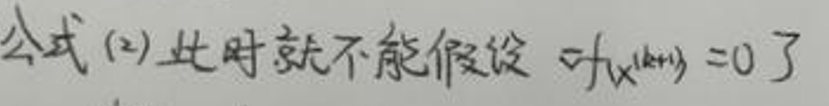
公式(2)此时就不能假设 $\sigma_{f_{x^{(k + 1)}}}=0$ 了